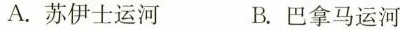
A.苏伊士运河 B.巴拿马运河